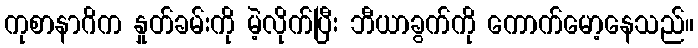
ကုစာနာဂိက နှုတ်ခမ်းကို မဲ့လိုက်ပြီး ဘီယာခွက်ကို ကောက်မော့နေသည်။